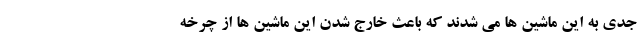
جدی به این ماشین ها می شدند که باعث خارج شدن این ماشین ها از چرخه